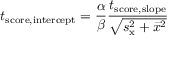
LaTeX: t _ { \mathrm { s c o r e , i n t e r c e p t } } = { \frac { \alpha } { \beta } } { \frac { t _ { \mathrm { s c o r e , s l o p e } } } { \sqrt { s _ { \mathrm { x } } ^ { 2 } + { \bar { x } } ^ { 2 } } } }